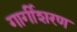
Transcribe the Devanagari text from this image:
गार्गीशरण